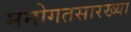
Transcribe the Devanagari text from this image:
मनोगतसारख्या